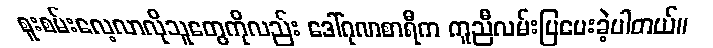
စူးစမ်းလေ့လာလိုသူတွေကိုလည်း ဒေါ်ဂုဏစာရီက ကူညီလမ်းပြပေးခဲ့ပါတယ်။